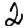
Digit: 2